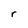
Character: r